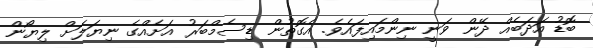
ބޮޑު އަދަބެއް ދޭން ވަނީ ނިންމައިފައެވެ. އެގޮތުން ޑިސެމްބަރު އަށެއްގެ ނިޔަލަށް ލިޔޯން